Annual administration report of the Bombay Presidency - 1887-1892
Year: 1887
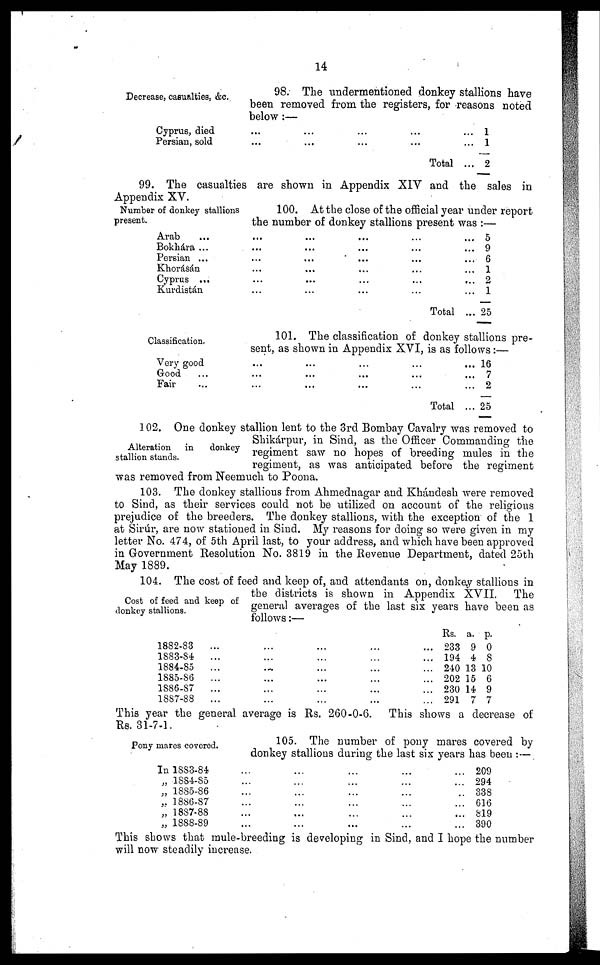
14
Decrease, casualties, &c.
98. The undermentioned donkey stallions have
been removed from the registers, for reasons noted
below :—
Cyprus, died
Persian, sold
...
...
...
...
...
...
...
...
Total
...
...
...
1
1
2
99. The casualties are shown in Appendix XIV and the sales in
Appendix XV.
Number of donkey stallions
present.
100. At the close of the official year under report
the number of donkey stallions present was :—
Arab ...
Bokhára ...
Persian ...
Khorásán
Cyprus ...
Kurdistán
...
...
...
...
...
...
...
...
...
...
...
...
...
...
...
...
...
...
...
...
...
...
...
...
Total
...
...
...
...
...
...
...
5
9
6
1
2
1
25
Classification.
101. The classification of donkey stallions pre-
sent, as shown in Appendix XVI, is as follows :—
Very good
Good
...
Fair ...
...
...
...
...
...
...
...
...
...
...
...
...
Total
...
...
...
...
16
7
2
25
Alteration in
donkey
stallion stands.
102. One donkey stallion lent to the 3rd Bombay Cavalry was removed to
Shikárpur, in Sind, as the Officer Commanding the
regiment saw no hopes of breeding mules in the
regiment, as was anticipated before the regiment
was removed from Neemuch to Poona.
103. The donkey stallions from Ahmednagar and Khándesh were removed
to Sind, as their services could not be utilized on account of the religious
prejudice of the breeders. The donkey stallions, with the exception of the 1
at Sirúr, are now stationed in Sind. My reasons for doing so were given in my
letter No. 474, of 5th April last, to your address, and which have been approved
in Government Resolution No. 3819 in the Revenue Department, dated 25th
May 1889.
Cost of feed and keep of
donkey stallions.
104. The cost of feed and keep of, and attendants on, donkey stallions in
the districts is shown in Appendix XVII. The
general averages of the last six years have been as
follows:—
1882-83
1883-84
1884-85
1885-86
1886-87
1887-88
...
...
...
...
...
...
...
...
...
...
...
...
...
...
...
...
...
...
...
...
...
...
...
...
...
...
...
...
...
...
Rs.
233
194
240
202
230
291
a.
9
4
13
15
14
7
p.
0
8
10
6
9
7
This year the general average is Rs. 260-0-6. This shows a decrease of
Rs. 31-7-1.
Pony mares covered.
105. The number of pony mares covered by
donkey stallions during the last six years has been :—
In 1883-84
„ 1884-85
„ 1885-86
„ 1886-87
„ 1887-88
„ 1888-89
...
...
...
...
...
...
...
...
...
...
...
...
...
...
...
...
...
...
...
...
...
...
...
...
...
...
...
...
...
...
209
294
338
616
819
390
This shows that mule-breeding is developing in Sind, and I hope the number
will now steadily increase.